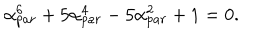
\alpha _ { p a r } ^ { 6 } + 5 \alpha _ { p a r } ^ { 4 } - 5 \alpha _ { p a r } ^ { 2 } + 1 = 0 .